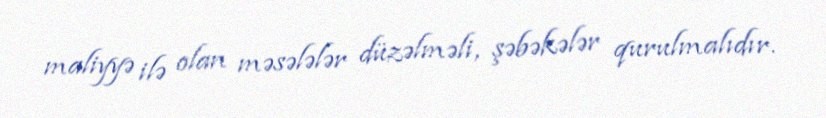
maliyyə ilə olan məsələlər düzəlməli, şəbəkələr qurulmalıdır.